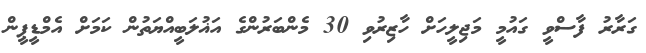
ގަރާރު ފާސްވީ ގައުމީ މަޖިލީހަށް ހާޒިރުވި 30 މެންބަރުންގެ އަޣުލަބީއްޔަތުން ކަމަށް އެމްޑީޕީން